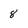
Character: 8